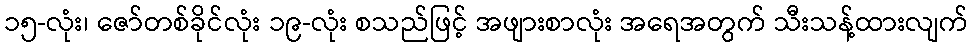
၁၅-လုံး၊ ဇော်တစ်ခိုင်လုံး ၁၉-လုံး စသည်ဖြင့် အဖျားစာလုံး အရေအတွက် သီးသန့်ထားလျက်